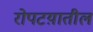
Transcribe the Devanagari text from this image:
रोपटय़ातील